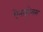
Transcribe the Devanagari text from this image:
ऐनाड्रोमस